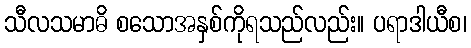
သီလသမာဓိ စသောအနှစ်ကိုရသည်လည်း။ ပရာဒါယီစ၊